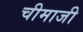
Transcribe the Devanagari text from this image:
चीमाजी